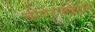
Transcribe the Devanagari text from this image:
बीऐटफकेशन